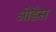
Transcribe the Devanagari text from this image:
ओडेस